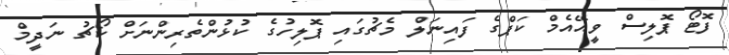
ފޮޓޯ ޕޮލިސް ވީއޭއެމް ކަޕްގެ ފައިނަލް މެޗުގައި ޕޮލިހުގެ ކުޅުންތެރިންނަށް ކޯޗު ނަދީމް